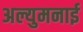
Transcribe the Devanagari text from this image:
अल्युमनाई